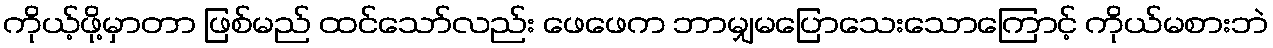
ကိုယ့်ဖို့မှာတာ ဖြစ်မည် ထင်သော်လည်း ဖေဖေက ဘာမျှမပြောသေးသောကြောင့် ကိုယ်မစားဘဲ